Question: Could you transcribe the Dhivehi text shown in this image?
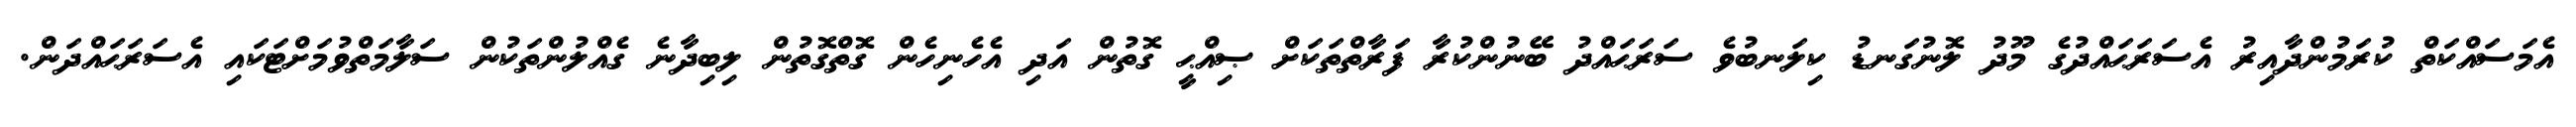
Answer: އެމަސައްކަތް ކުރަމުންދާއިރު އެސަރަޙައްދުގެ މޫދު ލޮނުގަނޑު ކިލަނބުވެ ސަރަޙައްދު ބޭނުންކުރާ ފަރާތްތަކަށް ޞިއްޙީ ގޮތުން އަދި އެހެނިހެން ގޮތްގޮތުން ލިބިދާނެ ގެއްލުންތަކުން ސަލާމަތްވުމަށްޓަކައި އެސަރަޙައްދަން.